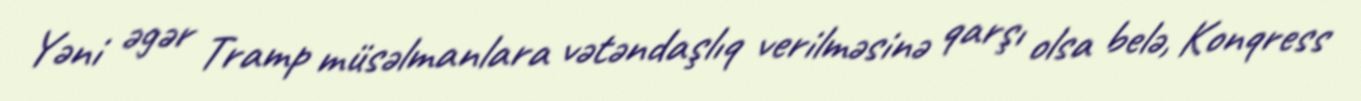
Yəni əgər Tramp müsəlmanlara vətəndaşlıq verilməsinə qarşı olsa belə, Konqress